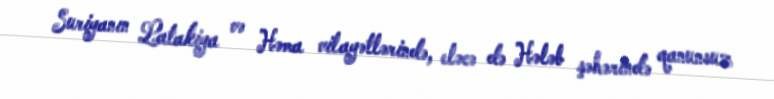
Suriyanın Latakiya və Həma vilayətlərində, eləcə də Hələb şəhərində qanunsuz